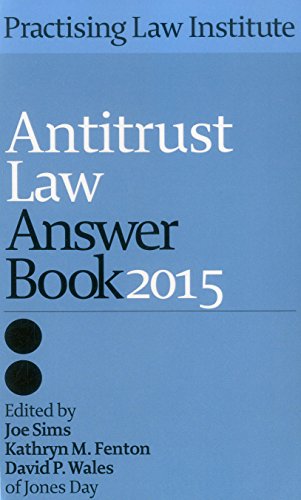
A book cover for Antitrust Law Answer Book 2015; Jones Day; Law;